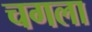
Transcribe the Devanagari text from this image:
चगला